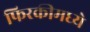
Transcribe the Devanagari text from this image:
फिरकीमध्ये